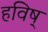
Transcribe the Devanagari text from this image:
हविष्